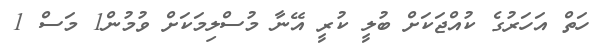
ހަތް އަހަރުގެ ކުއްޖަކަށް ބުލީ ކުރީ އޭނާ މުސްލިމަކަށް ވުމުން1 މަސް 1